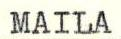
MAILA